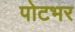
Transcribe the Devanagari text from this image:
पोटभर